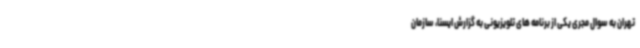
تهران به سوال مجری یکی از برنامه های تلویزیونی به گزارش ایسنا، سازمان